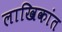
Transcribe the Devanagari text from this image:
लाखिकांत